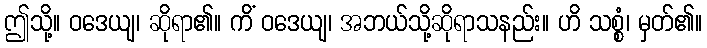
ဤသို့။ ဝဒေယျ၊ ဆိုရာ၏။ ကိံ ဝဒေယျ၊ အဘယ်သို့ဆိုရာသနည်း။ ဟိ သစ္စံ၊ မှတ်၏။